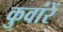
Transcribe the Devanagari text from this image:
कुवांरें